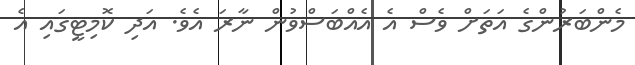
މެންބަރުންގެ އަތަށް ވެސް އެ އެއްބަސްވުން ނާރަ އެވެ. އަދި ކޮމިޓީގައި އެ